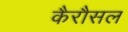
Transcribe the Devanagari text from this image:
कैरौसल